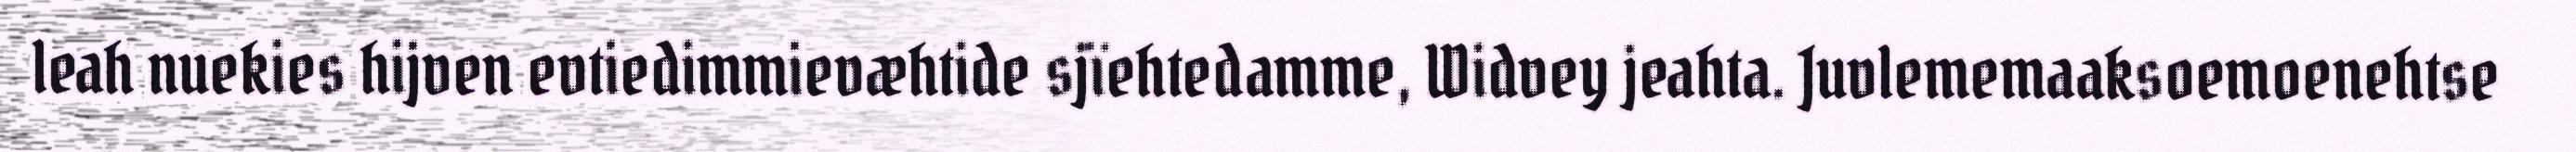
leah nuekies hijven evtiedimmievæhtide sjïehtedamme, Widvey jeahta. Juvlememaaksoemoenehtse